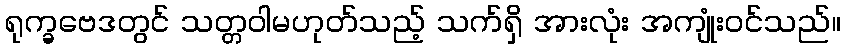
ရုက္ခဗေဒတွင် သတ္တဝါမဟုတ်သည့် သက်ရှိ အားလုံး အကျုံးဝင်သည်။